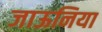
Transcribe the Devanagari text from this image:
जाऊनिया